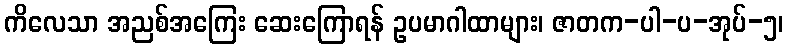
ကိလေသာ အညစ်အကြေး ဆေးကြောရန် ဥပမာဂါထာများ၊ ဇာတက-ပါ-ပ-အုပ်-၅၊